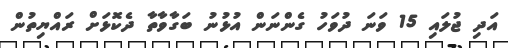
އަދި ޖުލައި 15 ވަނަ ދުވަހު ގެންނަން އުޅުނު ބަގާވާތާ ދެކޮޅަށް ރައްޔިތުން